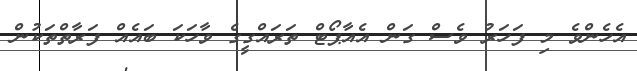
އެހެންވެ މި ފަހަރު ވެސް ގަން އެއާޕޯޓް ތަރައްގީގެ ވާހަކަ ބައެއް ފަރާތްތަކުން